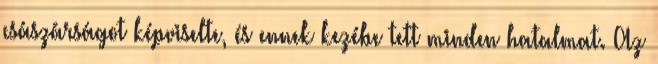
császárságot képviselte, és ennek kezébe tett minden hatalmat. Az